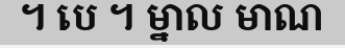
។ បេ ។ ម្នាល មាណ